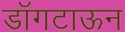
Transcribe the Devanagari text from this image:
डॉगटाऊन